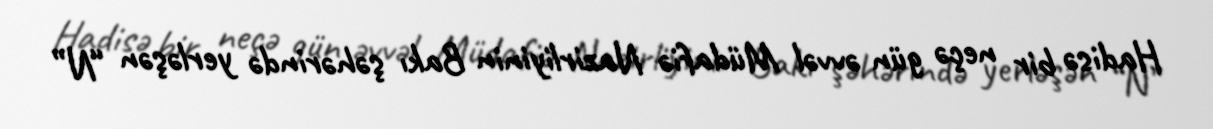
Hadisə bir neçə gün əvvəl Müdafiə Nazirliyinin Bakı şəhərində yerləşən “N”